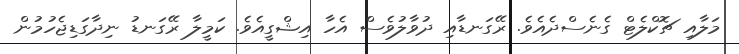
މަލާއި ޗޮކްލެޓް ގެނެސްދެއެވެ. ރޭގަނޑާއި ދުވާލުވެސް އެހާ އިޝްގީއެވެ. ކަމީލާ ރޭގަނޑު ނިދާގަޑިޖެހުމުން